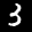
Label: 3